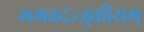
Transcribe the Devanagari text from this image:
भगवदज्जुकीयम्‌